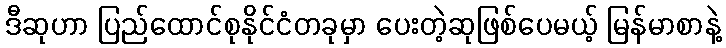
ဒီဆုဟာ ပြည်ထောင်စုနိုင်ငံတခုမှာ ပေးတဲ့ဆုဖြစ်ပေမယ့် မြန်မာစာနဲ့